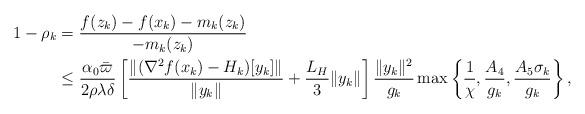
LaTeX: \begin{align*} 1 - \rho_k & = \frac{f(z_k) - f(x_k) - m_k(z_k)}{ - m_k(z_k)} \\& \leq \frac{\alpha_0 \bar \varpi}{2\rho\lambda\delta} \left [ \frac{\|(\nabla^2 f(x_k) - H_k)[y_k]\|}{\|y_k\|} + \frac{L_H}{3} \|y_k\| \right ] \frac{\|y_k\|^2}{g_k} \max \left \{ \frac{1}{\chi}, \frac{A_4}{g_k}, \frac{A_5\sigma_k}{g_k} \right \},\end{align*}